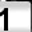
Digit: 1